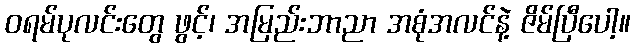
ဝရမ်ပုလင်းတွေ ဖွင့်၊ အမြည်းဘာညာ အစုံအလင်နဲ့ ဇိမ်ပြီပေါ့။